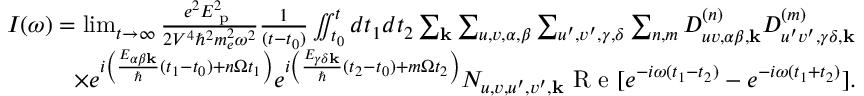
\begin{array} { r } { I ( \omega ) = \operatorname* { l i m } _ { t \rightarrow \infty } \frac { e ^ { 2 } E _ { \textrm { p } } ^ { 2 } } { 2 V ^ { 4 } \hbar ^ { 2 } m _ { e } ^ { 2 } \omega ^ { 2 } } \frac { 1 } { ( t - t _ { 0 } ) } \iint _ { t _ { 0 } } ^ { t } d t _ { 1 } d t _ { 2 } \sum _ { \mathbf { k } } \sum _ { u , v , \alpha , \beta } \sum _ { u ^ { \prime } , v ^ { \prime } , \gamma , \delta } \sum _ { n , m } D _ { u v , \alpha \beta , \mathbf { k } } ^ { ( n ) } D _ { u ^ { \prime } v ^ { \prime } , \gamma \delta , \mathbf { k } } ^ { ( m ) } } \\ { \times e ^ { i \left( \frac { E _ { \alpha \beta \mathbf { k } } } { \hbar } ( t _ { 1 } - t _ { 0 } ) + n \Omega t _ { 1 } \right) } e ^ { i \left( \frac { E _ { \gamma \delta \mathbf { k } } } { \hbar } ( t _ { 2 } - t _ { 0 } ) + m \Omega t _ { 2 } \right) } N _ { u , v , u ^ { \prime } , v ^ { \prime } , \mathbf { k } } \textrm { R e } [ e ^ { - i \omega ( t _ { 1 } - t _ { 2 } ) } - e ^ { - i \omega ( t _ { 1 } + t _ { 2 } ) } ] . } \end{array}